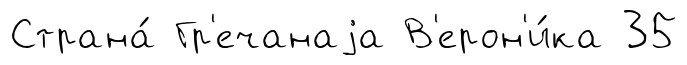
Страна́ Гр'ечанаjа В'ерон'и́ка 35